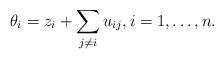
LaTeX: \begin{gather*}\theta_i = z_i+ \sum_{j \not= i} u_{ij}, i=1,\ldots, n.\end{gather*}